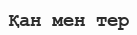
Қан мен тер